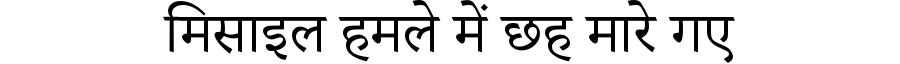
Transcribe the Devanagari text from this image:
मिसाइल हमले में छह मारे गए